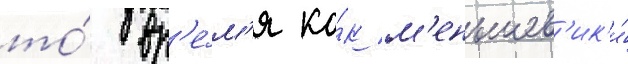
то́ вр'е́м'я ка́к м'еньшев'ик'и́